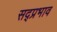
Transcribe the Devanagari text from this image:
सद्प्रभाव